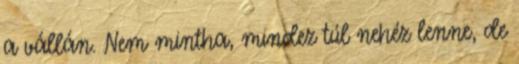
a vállán. Nem mintha, mindez túl nehéz lenne, de